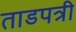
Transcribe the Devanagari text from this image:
ताडपत्री